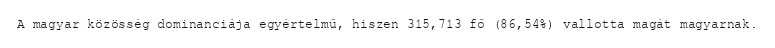
A magyar közösség dominanciája egyértelmű, hiszen 315,713 fő (86,54%) vallotta magát magyarnak.